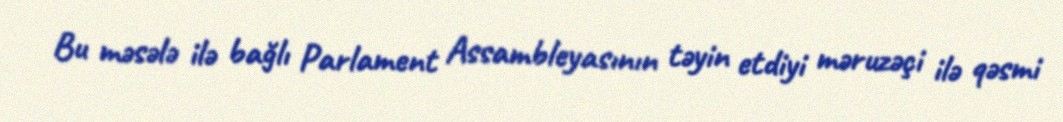
Bu məsələ ilə bağlı Parlament Assambleyasının təyin etdiyi məruzəçi ilə qəsmi